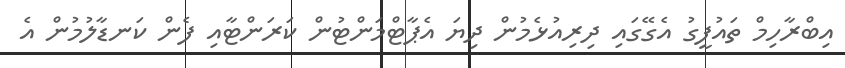
އިބްރާހިމް ތައުފީގު އެގޭގައި ދިރިއުޅެމުން ދިޔަ އެޕާޓްމަންޓުން ކަރަންޓާއި ފެން ކަނޑާލުމުން އެ